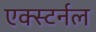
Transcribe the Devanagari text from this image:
एक्स्टर्नल